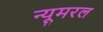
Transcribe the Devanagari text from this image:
न्यूमरल